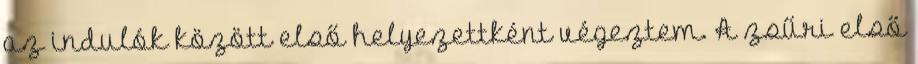
az indulók között első helyezettként végeztem. A zsűri első